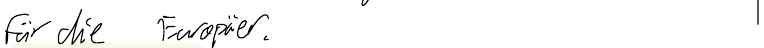
für die Europäer.